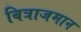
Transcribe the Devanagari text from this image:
बित्राजमान